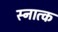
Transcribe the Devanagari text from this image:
स्नात्क